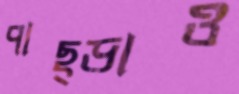
পাছ্‌ড়াও